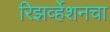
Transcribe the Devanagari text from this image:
रिझर्व्हेशनचा